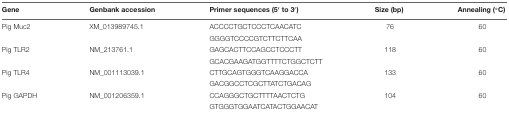
| Gene | Genbank accession | Primer sequences (5′ to 3′) | Size (bp) | Annealing (°C) |
 | --- | --- | --- | --- | --- |
 | Pig Muc2 | XM_013989745.1 | ACCCCTGCTCCCTCAACATC | 76 | 60 |
 |  |  | GGGGTCCCCGTCTTCTTCAA |  |  |
 | Pig TLR2 | NM_213761.1 | GAGCACTTCCAGCCTCCCTT | 118 | 60 |
 |  |  | GCACGAAGATGGTTTTCTGGCTCTT |  |  |
 | Pig TLR4 | NM_001113039.1 | CTTGCAGTGGGTCAAGGACCA | 133 | 60 |
 |  |  | GACGGCCTCGCTTATCTGACAG |  |  |
 | Pig GAPDH | NM_001206359.1 | CCAGGGCTGCTTTTAACTCTG | 104 | 60 |
 |  |  | GTGGGTGGAATCATACTGGAACAT |  |  |